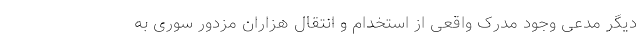
دیگر مدعی وجود مدرک واقعی از استخدام و انتقال هزاران مزدور سوری به